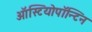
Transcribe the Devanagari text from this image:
ऑस्टियोपॉन्टिन